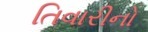
તિવારીનો